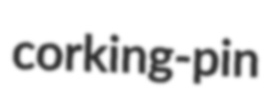
corking-pin